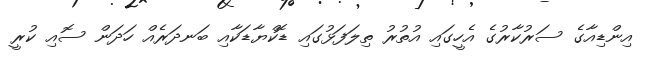
އިންޑިއާގެ ސަރުކާރުގެ އެހީގައި އުތުރު ތިލަފަޅުގައި ޑޮކްޔާޑަކާއި ބަނދަރެއް ހަދަން ސޮއި ކުރީ